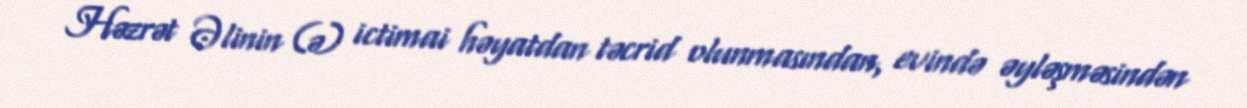
Həzrət Əlinin (ə) ictimai həyatdan təcrid olunmasından, evində əyləşməsindən